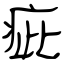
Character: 疵